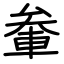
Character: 軬